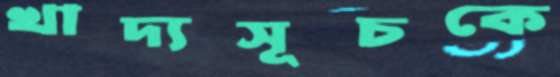
খাদ্যসূচকে